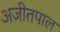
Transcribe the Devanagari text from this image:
अजीतपाल